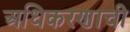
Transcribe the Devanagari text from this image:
अधिकरणाची